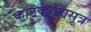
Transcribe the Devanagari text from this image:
काठकगृह्यसूत्र